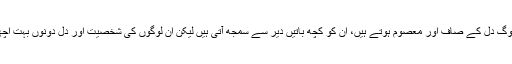
اس برج کے لوگ دل کے صاف اور معصوم ہوتے ہیں، ان کو کچھ باتیں دیر سے سمجھ آتی ہیں لیکن ان لوگوں کی شخصیت اور دل دونوں بہت اچھے ہوتے ہیں۔